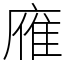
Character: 䧹